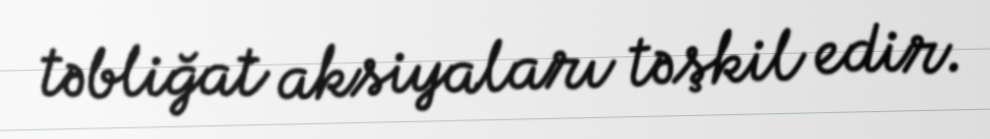
təbliğat aksiyaları təşkil edir.